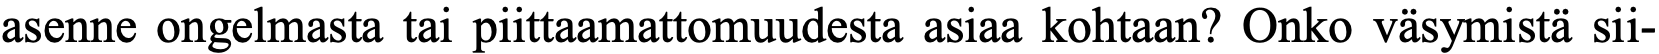
asenne ongelmasta tai piittaamattomuudesta asiaa kohtaan? Onko väsymistä sii-